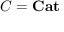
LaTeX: C = \mathbf { C a t }